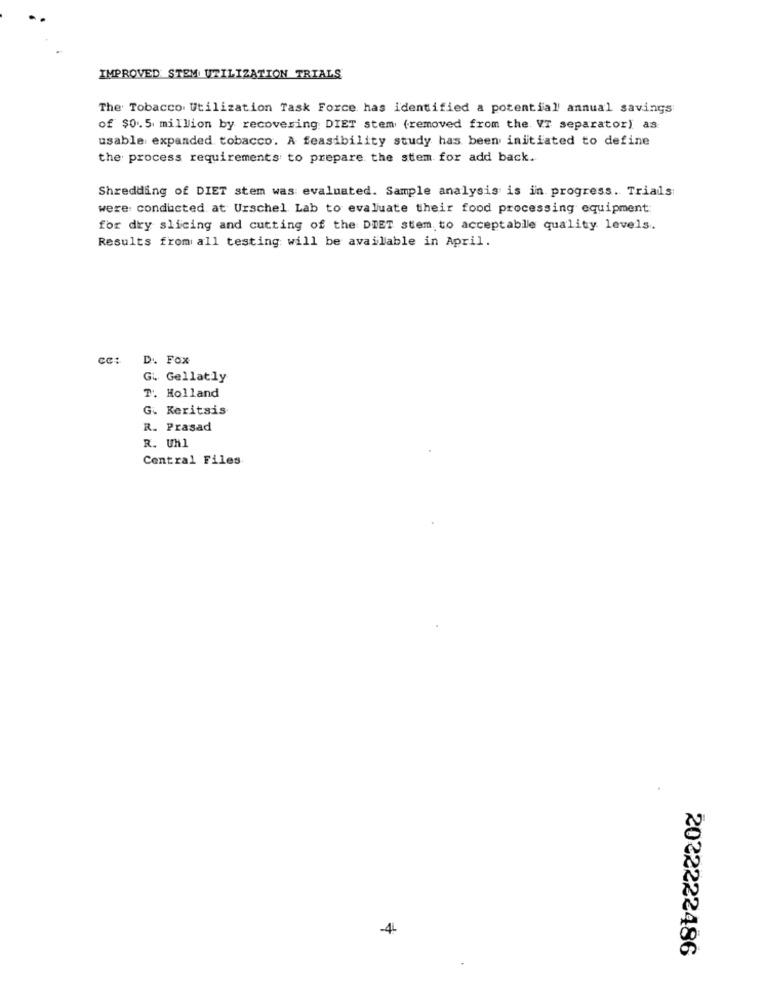
IMPROVED STEM UTILIZATION TRIALS
The Tobacco Utilization Task Force has identified a potential annual savings
of $0.5 million by recovering DIET stem (removed from the. VI separator) as
usable expanded tobacco. A feasibility study has been initiated to define
the process requirements to prepare the stem for add back.
Shredding of DIET stem was evaluated. Sample analysis is in progress. Trials
were conducted at Urschel Lab to evaluate their food processing equipment
for dry slicing and cutting of the DIET stem to acceptable quality levels.
Results from all testing will be available in April.
cc:
D. Fox
G .. Gellatly
T. Holland
G. Keritsis
R. Prasad
R. Uhl
Central Files
-4-
2022222486